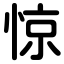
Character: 惊